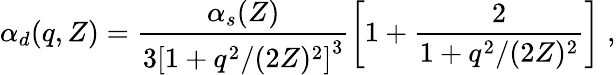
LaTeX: \alpha_{d}(q,Z)=\frac{\alpha_{s}(Z)}{{3[1+q^{2}/(2Z)^{2}]}^{3}}\left[1+\frac{2}{1+q^{2}/(2Z)^{2}}\right]\; ,